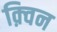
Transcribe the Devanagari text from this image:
क़्विन